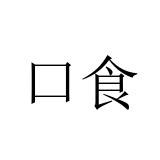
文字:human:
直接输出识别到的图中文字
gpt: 口食